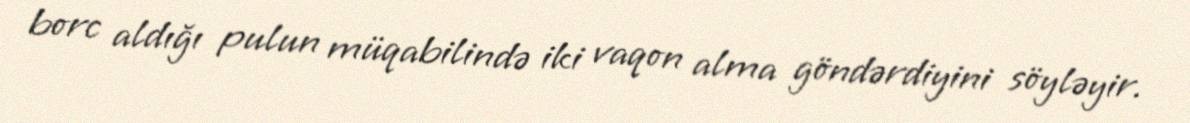
borc aldığı pulun müqabilində iki vaqon alma göndərdiyini söyləyir.